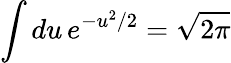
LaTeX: \int du\, e^{-u^{2}/2}=\sqrt{2\pi}